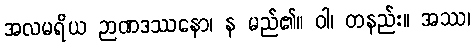
အလမရိယ ဉာဏဒဿနော၊ န မည်၏။ ဝါ၊ တနည်း။ အဿ၊